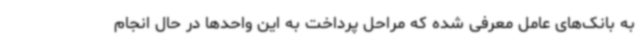
به بانک‌های عامل معرفی شده که مراحل پرداخت به این واحدها در حال انجام